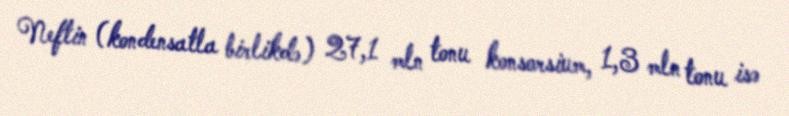
Neftin (kondensatla birlikdə) 27,1 mln tonu konsorsium, 1,3 mln tonu isə